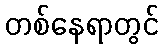
တစ်နေရာတွင်